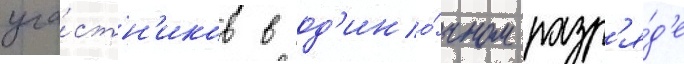
уча́стн'иков в од'ино́чном разр'я́д'е